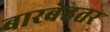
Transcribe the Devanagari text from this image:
बारबेहतर